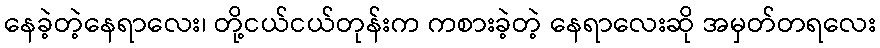
နေခဲ့တဲ့နေရာလေး၊ တို့ငယ်ငယ်တုန်းက ကစားခဲ့တဲ့ နေရာလေးဆို အမှတ်တရလေး